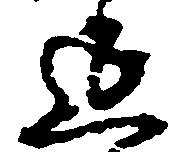
延